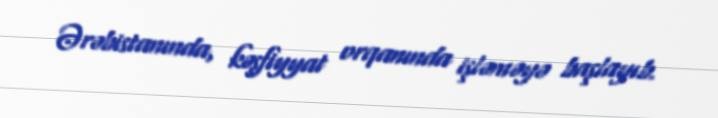
Ərəbistanında, kəşfiyyat orqanında işləməyə başlayıb.